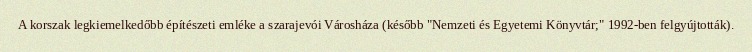
A korszak legkiemelkedőbb építészeti emléke a szarajevói Városháza (később "Nemzeti és Egyetemi Könyvtár;" 1992-ben felgyújtották).